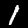
Label: 1